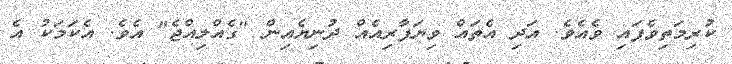
ކުރިމަތިވެފައި ވެއެވެ. އަދި އެތައް ވިޔަފާރިއެއް ދުނިޔެއިން "ގެއްލިއްޖެ" އެވެ. އެކަމަކު އެ